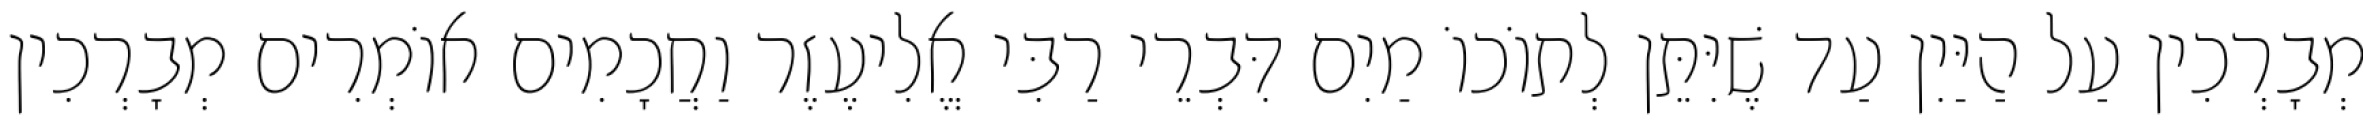
מְבָרְכִין עַל הַיַּיִן עַד שֶׁיִּתֵּן לְתוֹכוֹ מַיִם דִּבְרֵי רַבִּי אֱלִיעֶזֶר וַחֲכָמִים אוֹמְרִים מְבָרְכִין